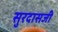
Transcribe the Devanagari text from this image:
सुरदासजी